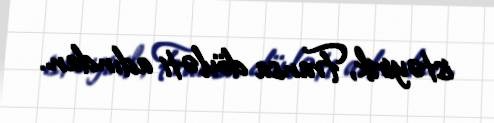
istəyirik, Fransa dövləti adından.